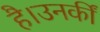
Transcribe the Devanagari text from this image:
है।उनकीं